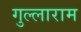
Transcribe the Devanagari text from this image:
गुल्लाराम